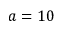
a = 1 0